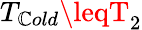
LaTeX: T_{\mathbb{C}old}\leqT_{2}